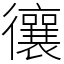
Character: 忀